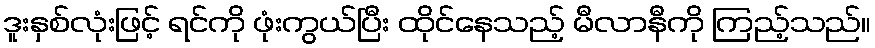
ဒူးနှစ်လုံးဖြင့် ရင်ကို ဖုံးကွယ်ပြီး ထိုင်နေသည့် မီလာနီကို ကြည့်သည်။